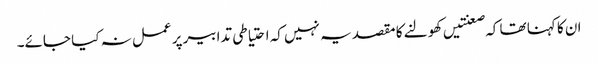
ان کا کہنا تھا کہ صعنتیں کھولنے کا مقصد یہ نہیں کہ احتیاطی تدابیر پر عمل نہ کیا جائے۔